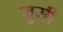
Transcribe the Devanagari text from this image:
युसी